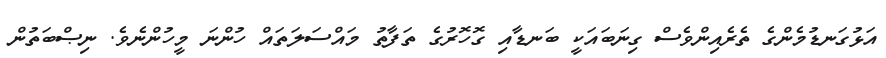
އަޅުގަނޑުމެންގެ ތެރެއިންވެސް ގިނަބައަކީ ބަނޑާއި ގޮހޮރުގެ ތަފާތު މައްސަލަތައް ހުންނަ މީހުންނެވެ. ނިޞްބަތުން